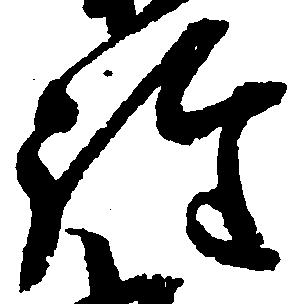
詮